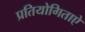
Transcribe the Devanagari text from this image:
प्रतियोगिताऐ